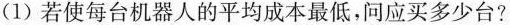
(1)若使每台机器人的平均成本最低，问应买多少台?